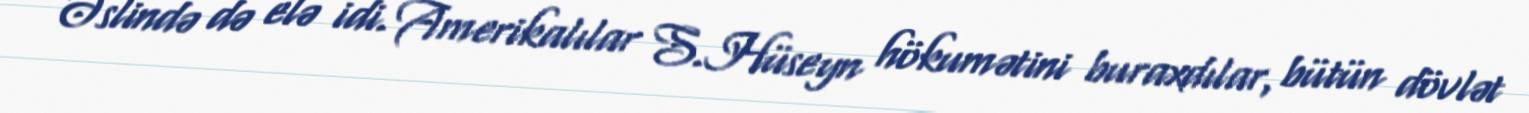
Əslində də elə idi. Amerikalılar S.Hüseyn hökumətini buraxdılar, bütün dövlət